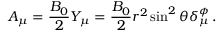
A _ { \mu } = \frac { B _ { 0 } } { 2 } Y _ { \mu } = \frac { B _ { 0 } } { 2 } r ^ { 2 } \sin ^ { 2 } \theta \delta _ { \mu } ^ { \phi } \, .